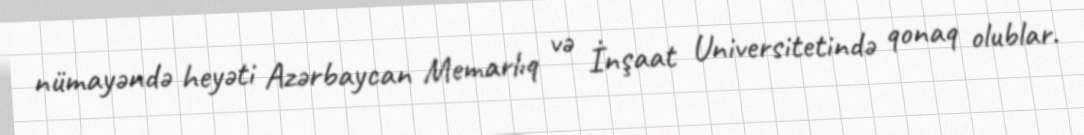
nümayəndə heyəti Azərbaycan Memarlıq və İnşaat Universitetində qonaq olublar.